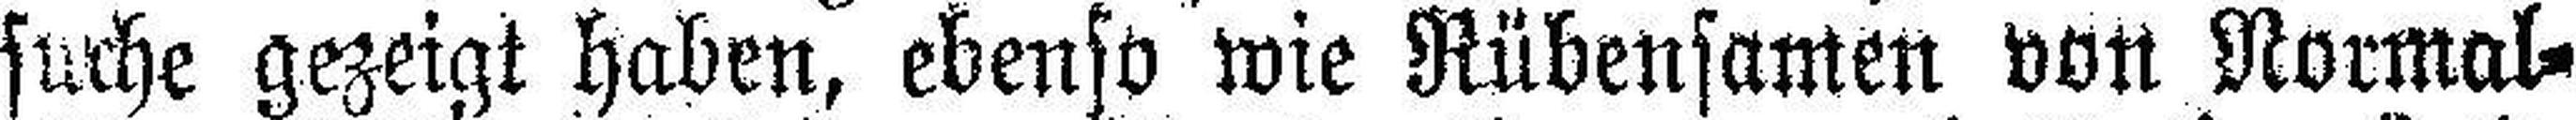
suche gezeigt haben, ebenso wie Rübensamen von Normal¬